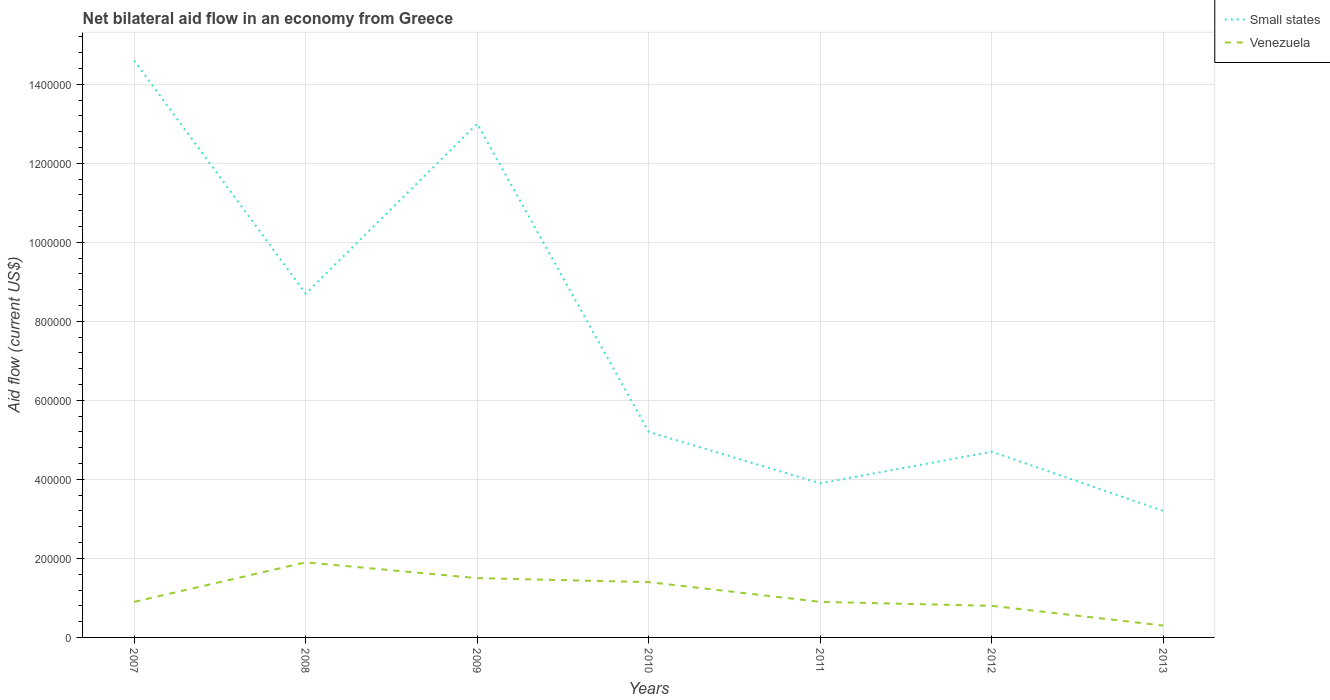
| Years | Small states | Venezuela |
 | --- | --- | --- |
 | 2007 | 1.46e+06 | 9e+04 |
 | 2008 | 8.7e+05 | 1.9e+05 |
 | 2009 | 1.3e+06 | 1.5e+05 |
 | 2010 | 5.2e+05 | 1.4e+05 |
 | 2011 | 3.9e+05 | 9e+04 |
 | 2012 | 4.7e+05 | 8e+04 |
 | 2013 | 3.2e+05 | 3e+04 |